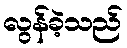
လွန်ခဲ့သည်